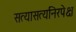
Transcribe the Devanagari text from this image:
सत्यासत्यनिरपेक्ष